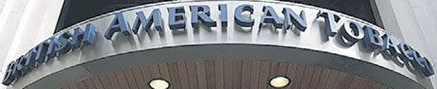
BRITISH AMERICAN TOBACO